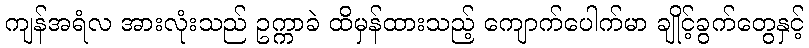
ကျန်အရံလ အားလုံးသည် ဥက္ကာခဲ ထိမှန်ထားသည့် ကျောက်ပေါက်မာ ချိုင့်ခွက်တွေနှင့်